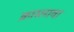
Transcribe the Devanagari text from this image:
क्रास्लावा